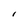
Character: 1